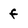
Character: f